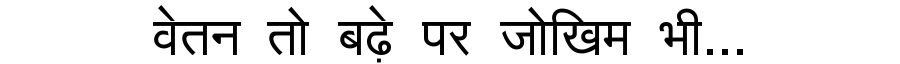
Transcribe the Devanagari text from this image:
वेतन तो बढ़े पर जोखिम भी...